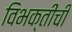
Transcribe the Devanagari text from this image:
विभक्तींची